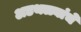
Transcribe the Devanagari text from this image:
अडथळ्यांचे